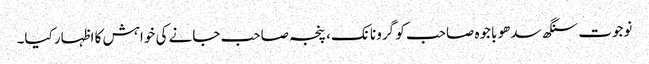
نوجوت سنگھ سدھو باجوہ صاحب کو گرو نانک، پنجہ صاحب جانے کی خواہش کا اظہار کیا۔